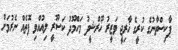
ޕާކިސްތާނުގެ ކުރީގެ ޚާރިޖީ ވަޒީރު ޚޫރްޝީދު މަހްމޫދު ކަސޫރީ ލިއުއްވި ފޮތެއް ނެރުމަށް